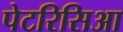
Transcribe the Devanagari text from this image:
पेटरिसिआ